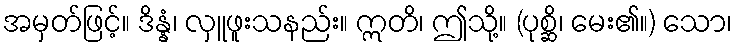
အမှတ်ဖြင့်။ ဒိန္နံ၊ လှူဖူးသနည်း။ ဣတိ၊ ဤသို့။ (ပုစ္ဆိ၊ မေး၏။) သော၊